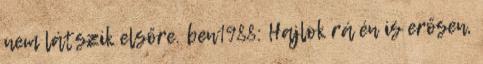
nem látszik elsőre. ben1988: Hajlok rá én is erősen,